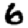
Digit: 6